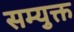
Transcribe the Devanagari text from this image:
सम्युक्त